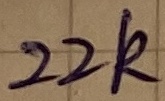
Text: 22k